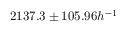
2 1 3 7 . 3 \pm 1 0 5 . 9 6 h ^ { - 1 }